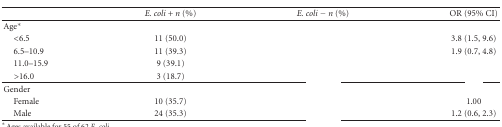
<table><thead><tr><td>[EMPTY_CELL]</td><td><b><i>E. coli</i> + <i>n</i> (%)</b></td><td><b><i>E. coli</i> − <i>n</i> (%)</b></td><td><b>OR (95% CI)</b></td></tr></thead><tbody><tr><td>Age*</td><td>[EMPTY_CELL]</td><td>[EMPTY_CELL]</td><td>[EMPTY_CELL]</td></tr><tr><td> &lt;6.5</td><td>11 (50.0)</td><td>[EMPTY_CELL]</td><td>3.8 (1.5, 9.6)</td></tr><tr><td> 6.5–10.9</td><td>11 (39.3)</td><td>[EMPTY_CELL]</td><td>1.9 (0.7, 4.8)</td></tr><tr><td> 11.0–15.9</td><td>9 (39.1)</td><td>[EMPTY_CELL]</td><td>[EMPTY_CELL]</td></tr><tr><td> &gt;16.0</td><td>3 (18.7)</td><td>[EMPTY_CELL]</td><td>[EMPTY_CELL]</td></tr><tr><td>Gender</td><td>[EMPTY_CELL]</td><td>[EMPTY_CELL]</td><td>[EMPTY_CELL]</td></tr><tr><td> Female</td><td>10 (35.7)</td><td>[EMPTY_CELL]</td><td>1.00</td></tr><tr><td> Male</td><td>24 (35.3)</td><td>[EMPTY_CELL]</td><td>1.2 (0.6, 2.3)</td></tr></tbody></table>